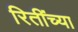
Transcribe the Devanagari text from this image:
रितींच्या